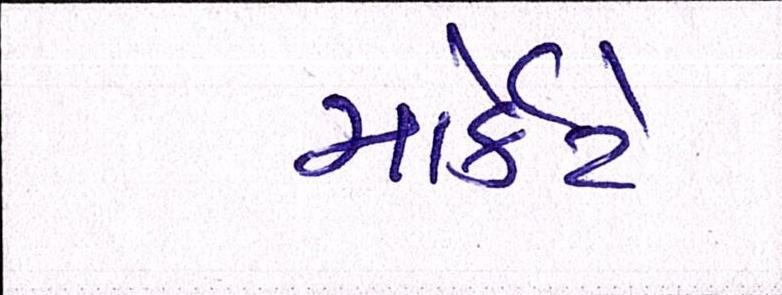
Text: માર્કેટે